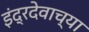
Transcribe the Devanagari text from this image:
इंद्रदेवाच्या